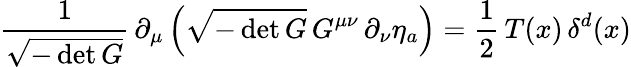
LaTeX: \frac{1}{\sqrt{-\operatorname*{det}G}}\, \partial_{\mu}\left(\sqrt{-\operatorname*{det}G}\, G^{\mu\nu}\, \partial_{\nu}\eta_{a}\right)=\frac{1}{2}\, T(x)\, \delta^{d}(x)